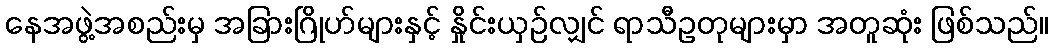
နေအဖွဲ့အစည်းမှ အခြားဂြိုဟ်များနှင့် နှိုင်းယှဉ်လျှင် ရာသီဥတုများမှာ အတူဆုံး ဖြစ်သည်။